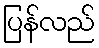
ပြန်လည်